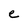
Character: e